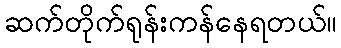
ဆက်တိုက်ရုန်းကန်နေရတယ်။